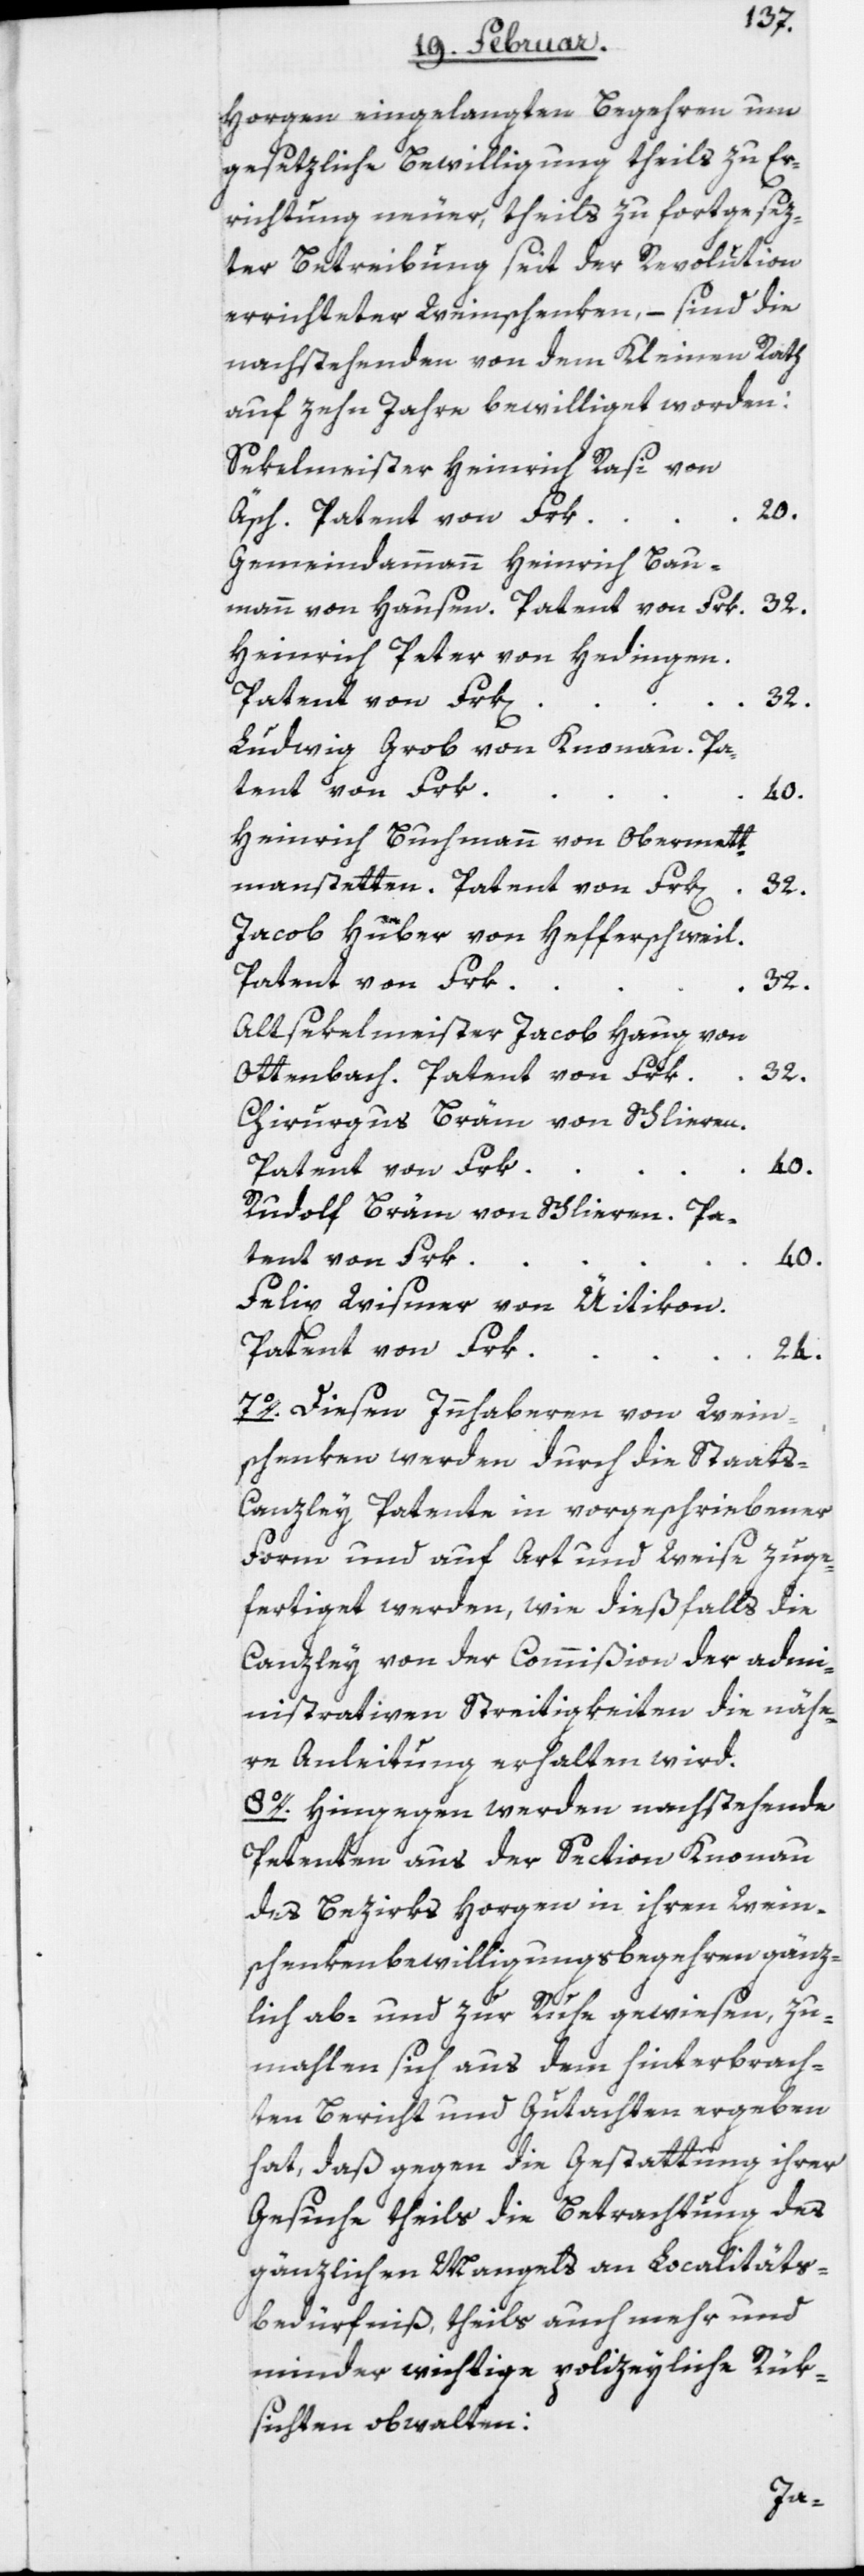
Horgen eingelangten Begehren um
gesetzliche Bewilligung theils zu Er¬
richtung neuer, theils zu fortgesez¬
ter Betreibung seit der Revolution
errichteter Weinschenken, – sind die
nachstehenden von dem Kleinen Rath
auf zehn Jahre bewilliget worden:
Sekelmeister Heinrich Rasi von
Äsch. Patent von Frk.
20.
Gemeindammann Heinrich Bau¬
mann von Hausen. Patent von Frk.
32.
Heinrich Peter von Hedingen.
Patent von Frk[e¬
n].
32.
Ludwig Grob von Knonau. Pa¬
tent von Frk.
40.
Heinrich Buchmann von Obermett¬
menstetten. Patent von Frk[en].
32.
Jacob Huber von Hefferschweil.
Patent von Frk.
32.
Altsekelmeister Jacob Haug von
Ottenbach. Patent von Frk.
32.
Chirurgus Bräm von Schlieren.
Patent von Frk.
Rudolf Bräm von Schlieren. Pa¬
tent von Frk.
40.
Felix Wismer von Uitikon.
Patent von Frk.
24.
7o. Diesen Innhaberen von Wein¬
schenken werden durch die Staats-C¬
anzley Patente in vorgeschriebener
Form und auf Art und Weise zuge¬
fertiget werden, wie dießfalls die
Canzley von der Commißion der adm¬
inistrativen Streitigkeiten die nähe¬
re Anleitung erhalten wird.
8o. Hingegen werden nachstehende
Petenten aus der Section Knonau
des Bezirks Horgen in ihren Wein¬
schenkenbewilligungsbegehren gänz¬
lich ab- und zur Ruhe gewiesen, zu¬
mahlen sich aus dem hinterbrach¬
ten Bericht und Gutachten ergeben
hat, daß gegen die Gestattung ihrer
Gesuche theils die Betrachtung des
gänzlichen Mangels an Localitäts¬
bedürfniß, theils auch mehr und
minder wichtige polizeyliche Rük¬
sichten obwalten: